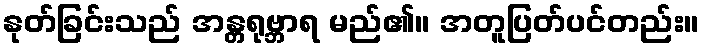
နုတ်ခြင်းသည် အန္တရုဗ္ဘာရ မည်၏။ အတူပြတ်ပင်တည်း။